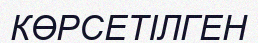
КӨРСЕТІЛГЕН